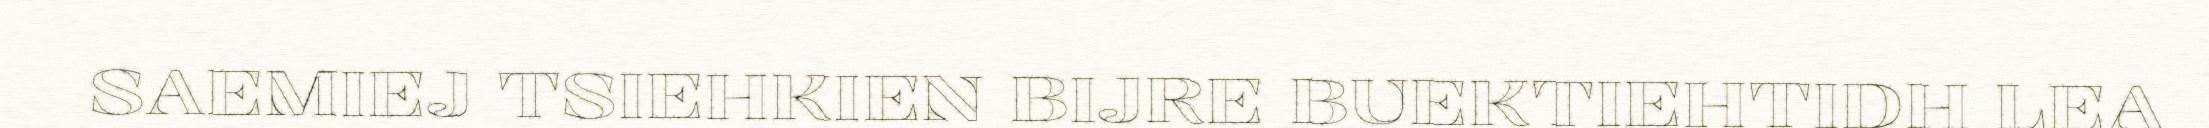
SAEMIEJ TSIEHKIEN BIJRE BUEKTIEHTIDH LEA